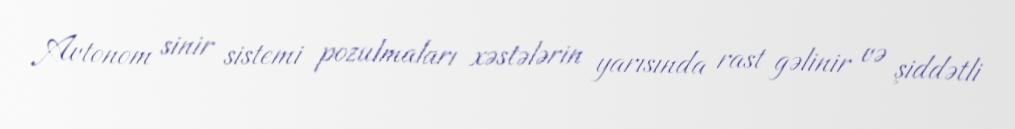
Avtonom sinir sistemi pozulmaları xəstələrin yarısında rast gəlinir və şiddətli